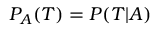
P _ { A } ( { \cal T } ) = P ( { \cal T } | A )